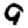
Digit: 9